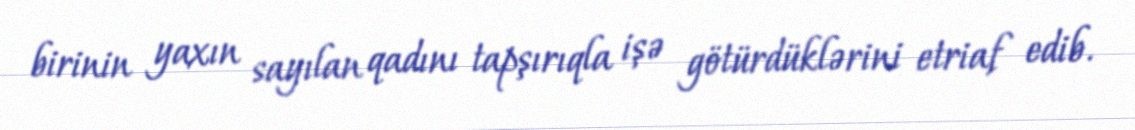
birinin yaxın sayılan qadını tapşırıqla işə götürdüklərini etriaf edib.